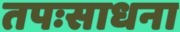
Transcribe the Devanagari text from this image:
तपःसाधना